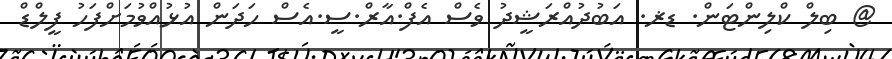
@ ބިލް ކްލިންޓަން. ޑޜ. އަބުދުއްރަޝީދު ވެސް އެފް.އާރް.ސީ.އެސް ހަދަން އުޅުއްވުމަށްފަހު ފީލްޑް